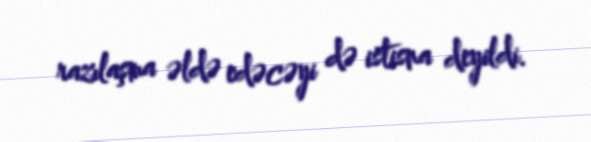
razılaşma əldə edəcəyi də istisna deyildi.